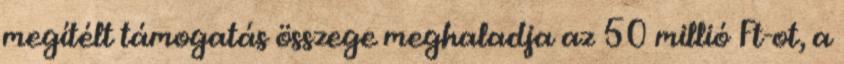
megítélt támogatás összege meghaladja az 50 millió Ft-ot, a